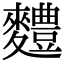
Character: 䵄